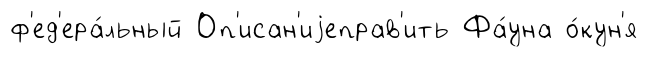
ф'ед'ера́льный Оп'исан'иjеправ'ить Фа́уна о́кун'я